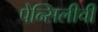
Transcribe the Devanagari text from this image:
पेन्सिलीची